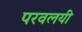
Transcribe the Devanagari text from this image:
परवलयी